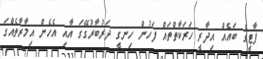
ޕާޓީގެ ބައެއް އިދާރީ ހަރަކާތްތައް ފަހުން ހިނގީ ދަރުބާރުގޭގަ އާއި އެހެން އިމާރާތެއްގަ